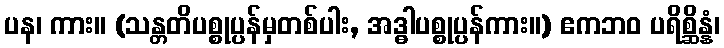
ပန၊ ကား။ (သန္တတိပစ္စုပ္ပန်မှတစ်ပါး, အဒ္ဓါပစ္စုပ္ပန်ကား။) ဧကဘဝ ပရိစ္ဆိန္နံ၊